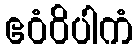
ဧဝံဝိပါကံ